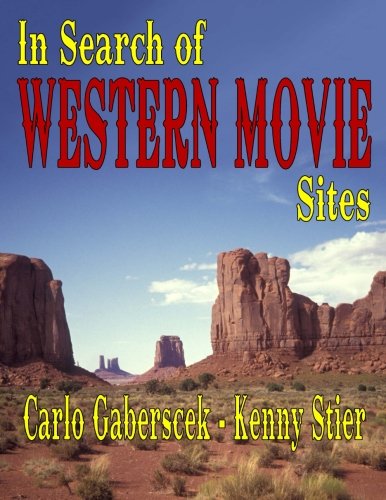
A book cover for In Search of Western Movie Sites; Carlo Gaberscek; Humor & Entertainment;